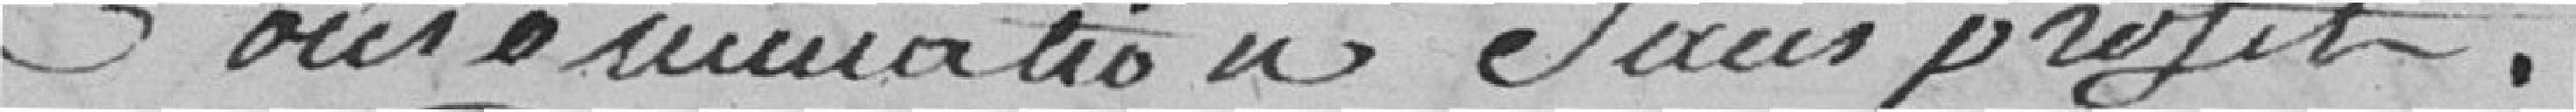
consommation sans profit.